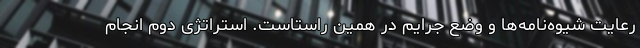
رعایت شیوه‌نامه‌ها و وضع جرایم در همین راستاست. استراتژی دوم انجام